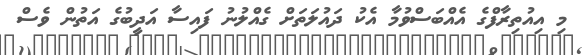
މި އިއުތިރާފްގެ އެއްބަސްވުމާ އެކު ދައުލަތަށް ގެއްލުނު ފައިސާ އަދީބުގެ އަތުން ވެސް